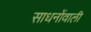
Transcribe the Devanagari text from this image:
साधनोंवाली